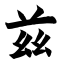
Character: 兹